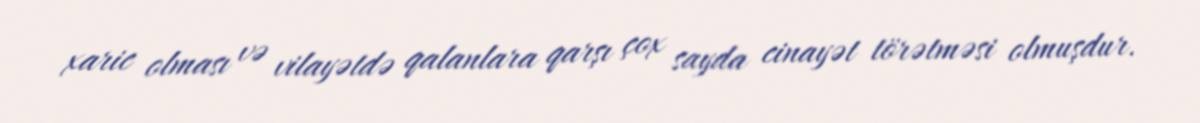
xaric olması və vilayətdə qalanlara qarşı çox sayda cinayət törətməsi olmuşdur.